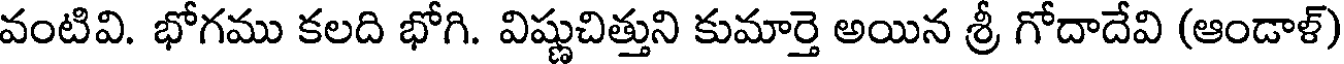
వంటివి. భోగము కలది భోగి. విష్ణుచిత్తుని కుమార్తె అయిన శ్రీ గోదాదేవి (ఆండాళ్)